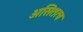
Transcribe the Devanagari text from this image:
असितत्व